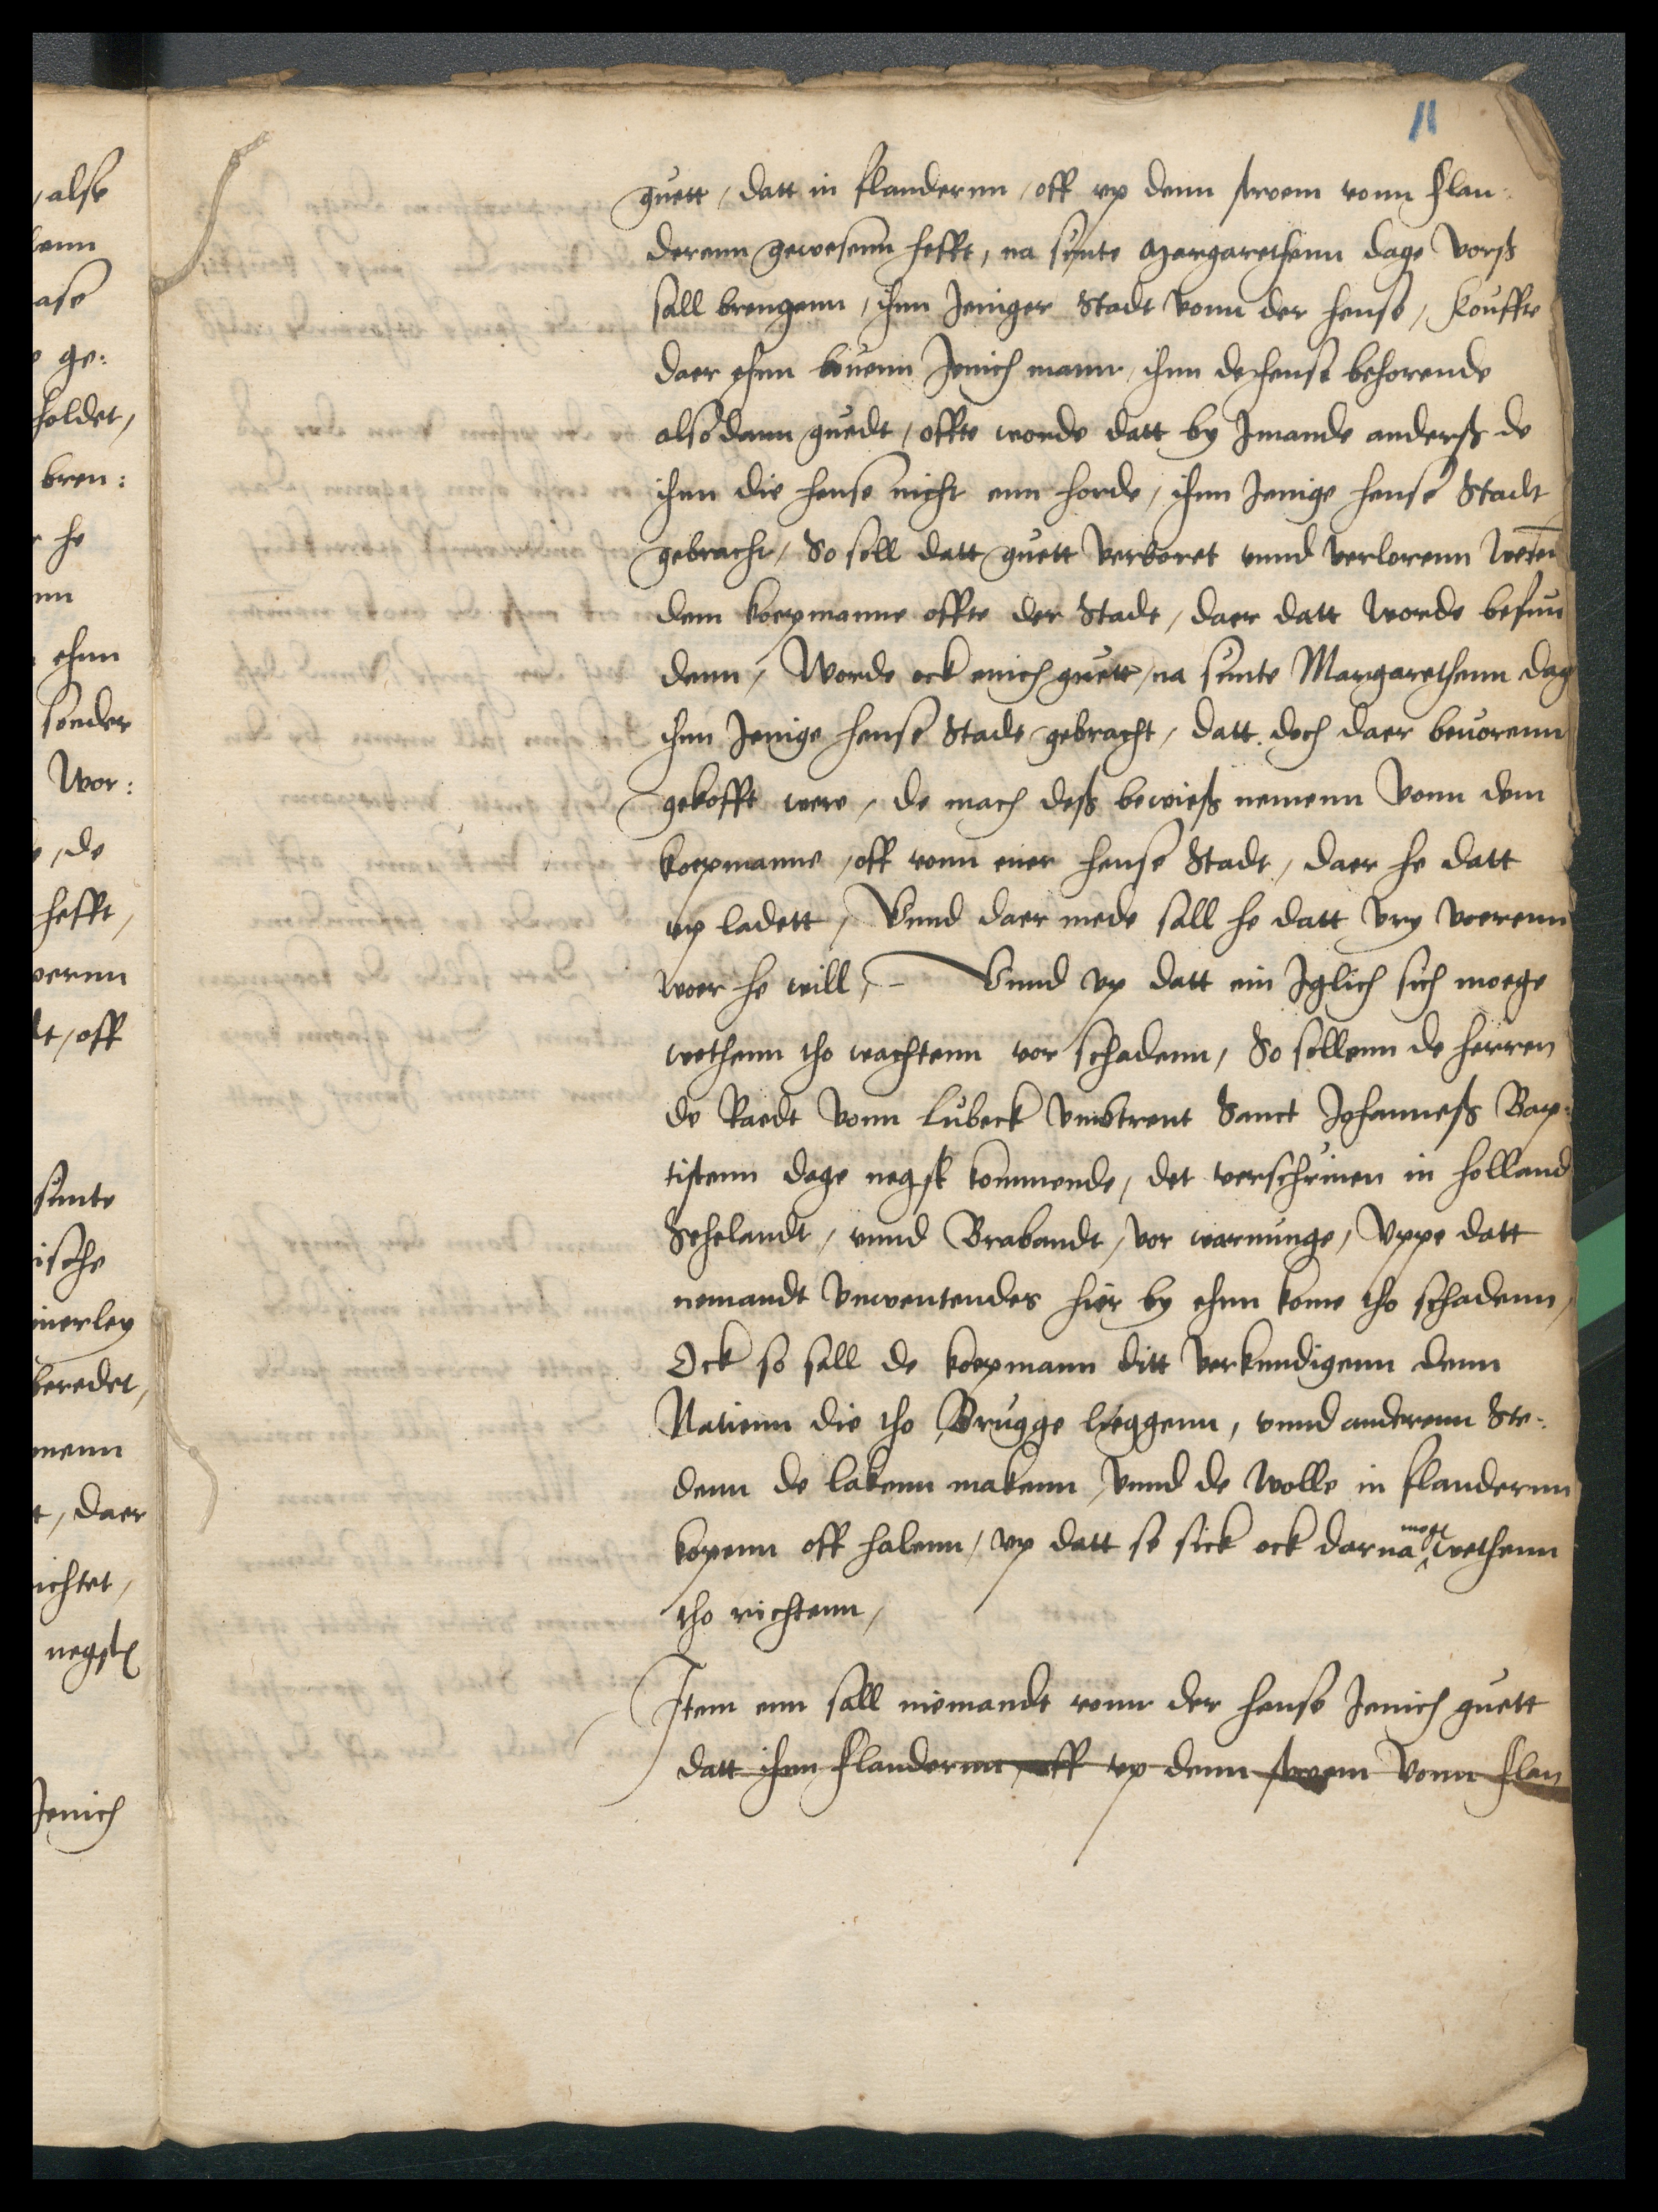
guett, datt in flandernn, off vp denn stroem vonn Flan¬
derenn gewesenn hefft, na sunte Margarethen dage vorscreuen
sall brengenn, ihnn Jeniger Stadt vonn der hense, kouffte
daer ehnn bouenn Jenich mann, ihnn der hense behorende
also dann guedt, offte worde datt by Jmande anderß de
ihnn die hense nicht enn horde, ihnn Jenige hense Stadt
gebracht, So soll datt guett verboret vnnd verlorenn wesen
dem koepmanne offte der Stadt, daer datt worde befun¬
denn, Worde ock enich guett, na sunte Margarethenn dage
ihnn Jenige hense Stadt gebracht, datt doch daer beuorenn
gekofft were, de mach deß bewieß nemen vonn dem
koepmanne, off vonn ener hense Stadt, daer he datt
vp ladett, Vnnd daer mede sall he dat vry voerenn
woer he will, Vnnd vp datt ein Jglich sich moge
wethenn tho wachtenn vor schadenn, So sollenn de herren
de Raedt vonn Lubeck vmbtrent Sanct Johanneß Bap¬
tistenn dage negst kommende, det verschriuen in holland
Sehelandt, vnnd Brabandt, vor warninge, Vppe datt
nemandt vnwetendes hier by ehnn kome tho schadenn,
Ock so sall de koepmann ditt verkundigen denn
Nationn die tho Brugge lieggenn, vnnd anderenn Ste¬
denn de lakenn makenn, vnnd de wolle in flandernn
kopenn off halenn, vp datt se sick ock darna mogen wethenn
tho richtenn,

Item enn sall niemandt vonn der hense Jenich guett
datt ihnn Flandernn, off vp denn stroem vonn Flan¬